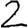
Digit: 2